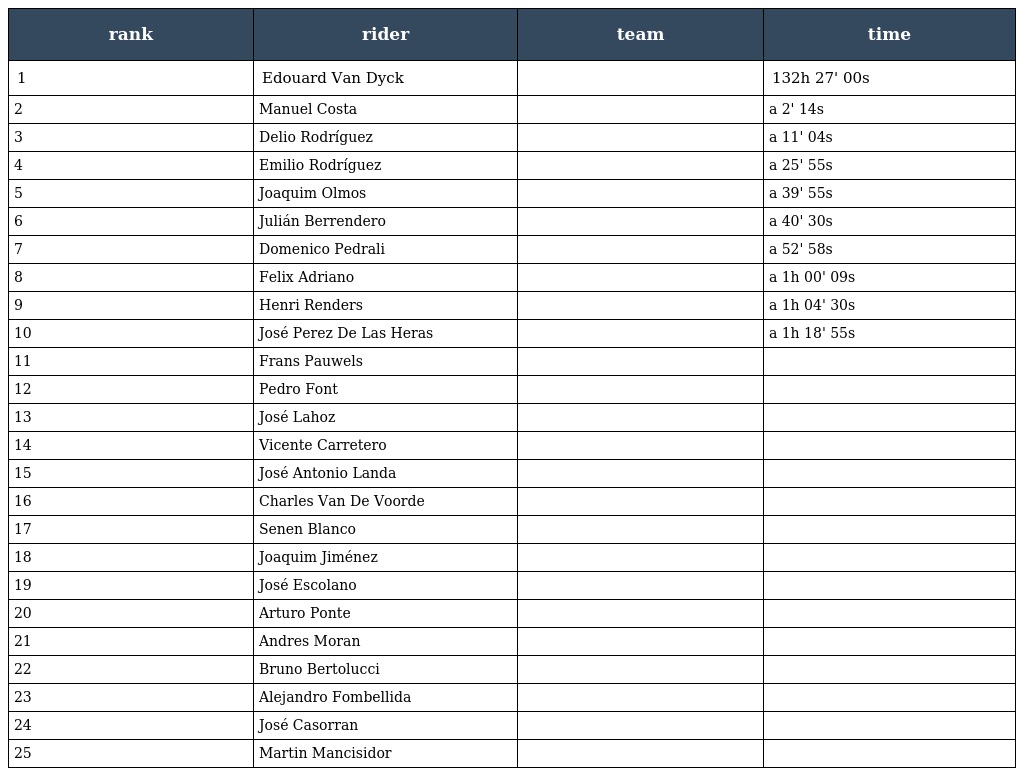
| rank | rider | team | time |
 | --- | --- | --- | --- |
 | 1 | Edouard Van Dyck |  | 132h 27' 00s |
 | 2 | Manuel Costa |  | a 2' 14s |
 | 3 | Delio Rodríguez |  | a 11' 04s |
 | 4 | Emilio Rodríguez |  | a 25' 55s |
 | 5 | Joaquim Olmos |  | a 39' 55s |
 | 6 | Julián Berrendero |  | a 40' 30s |
 | 7 | Domenico Pedrali |  | a 52' 58s |
 | 8 | Felix Adriano |  | a 1h 00' 09s |
 | 9 | Henri Renders |  | a 1h 04' 30s |
 | 10 | José Perez De Las Heras |  | a 1h 18' 55s |
 | 11 | Frans Pauwels |  |  |
 | 12 | Pedro Font |  |  |
 | 13 | José Lahoz |  |  |
 | 14 | Vicente Carretero |  |  |
 | 15 | José Antonio Landa |  |  |
 | 16 | Charles Van De Voorde |  |  |
 | 17 | Senen Blanco |  |  |
 | 18 | Joaquim Jiménez |  |  |
 | 19 | José Escolano |  |  |
 | 20 | Arturo Ponte |  |  |
 | 21 | Andres Moran |  |  |
 | 22 | Bruno Bertolucci |  |  |
 | 23 | Alejandro Fombellida |  |  |
 | 24 | José Casorran |  |  |
 | 25 | Martin Mancisidor |  |  |